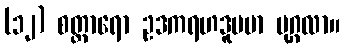
(၁၂) စတ္တာရော ဥဒကရဟဒူပမာ ပုဂ္ဂလာ။